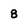
Character: 8